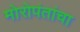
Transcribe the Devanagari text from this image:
मोरोपंतांचा